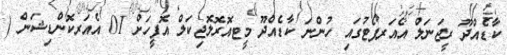
ކާޑެއްދޫ ރީޖަނަލް އެއަރޕޯޓުގައި ހުންނަ ކާޑެއްދޫ މީޓއޮރޮލޮޖިކަލް އޮފީހަށް 01 އެއަރކޮންޑިޝަން (